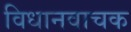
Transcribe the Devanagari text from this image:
विधानवाचक